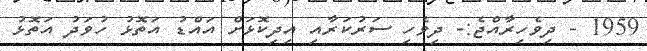
1959 - ދިވެހިރާއްޖެ:- ދިވެހި ސަރުކަރާއި އިދިކޮޅަށް އައްޑު އަތޮޅު ހުވަދު އަތޮޅު